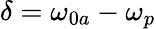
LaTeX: \delta=\omega_{0a}-\omega_{p}